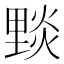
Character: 𨤮